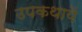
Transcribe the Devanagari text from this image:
उपकथायें